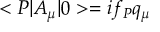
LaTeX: < P | A _ { \mu } | 0 > = i f _ { P } q _ { \mu }